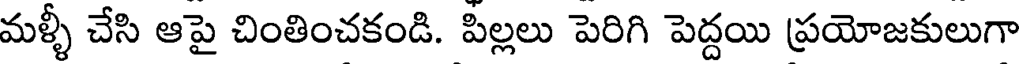
మళ్ళీ చేసి ఆపై చింతించకండి. పిల్లలు పెరిగి పెద్దయి ప్రయోజకులుగా